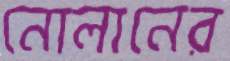
নোলানের